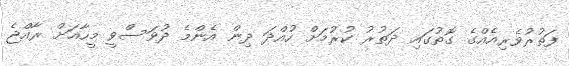
ފަތުރުވެރިއެއްގެ ގޮތުގައި ދަތުރު ކުރުމަށް ހުއްދަ ދިން އެންމެ ދުވަސްވީ މީހާއަށް ރާއްޖެ